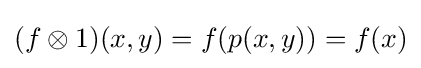
(f\otimes 1)(x,y)=f(p(x,y))=f(x)